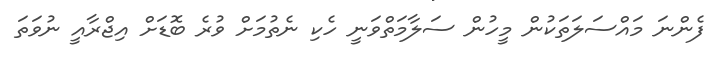
ފެންނަ މައްސަލަތަކުން މީހުން ސަލާމަތްވަނީ ހެކި ނެތުމަށް ވުރެ ބޮޑަށް އިޖްރާއީ ނުވަތަ